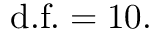
{ \mathrm { d . f . } } = 1 0 .